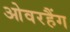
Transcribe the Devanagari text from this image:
ओवरहैंग